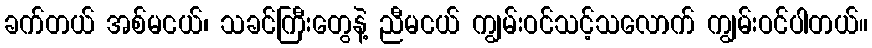
ခက်တယ် အစ်မငယ်၊ သခင်ကြီးတွေနဲ့ ညီမငယ် ကျွမ်းဝင်သင့်သလောက် ကျွမ်းဝင်ပါတယ်။